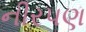
નીરપણ